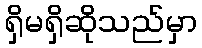
ရှိမရှိဆိုသည်မှာ